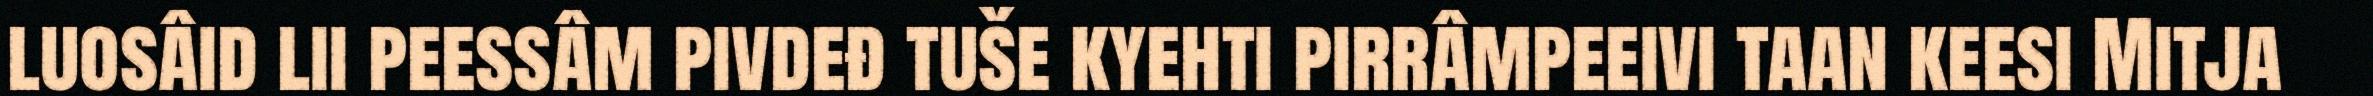
luosâid lii peessâm pivdeđ tuše kyehti pirrâmpeeivi taan keesi Mitja